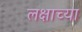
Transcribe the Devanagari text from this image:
लक्षाच्या